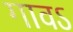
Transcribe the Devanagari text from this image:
गावऽ